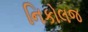
નિકોલજ